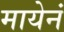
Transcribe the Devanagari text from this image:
मायेनं